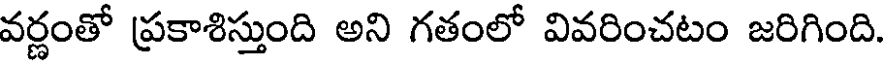
వర్ణంతో ప్రకాశిస్తుంది అని గతంలో వివరించటం జరిగింది.